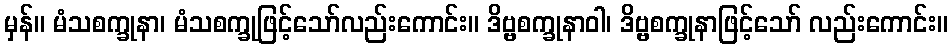
မှန်။ မံသစက္ခုနာ၊ မံသစက္ခုဖြင့်သော်လည်းကောင်း။ ဒိဗ္ဗစက္ခုနာဝါ၊ ဒိဗ္ဗစက္ခုနာဖြင့်သော် လည်းကောင်း။